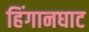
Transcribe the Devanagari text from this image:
हिंगानघाट